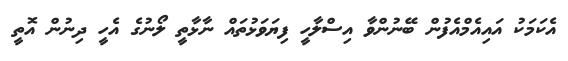
އެކަމަކު އައިއެމްއެފުން ބޭނުންވާ އިސްލާހީ ފިޔަވަޅުތައް ނާޅާތީ ލޯނުގެ އެހީ ދިނުން އޮތީ